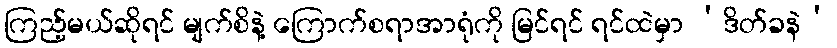
ကြည့်မယ်ဆိုရင် မျက်စိနဲ့ ကြောက်စရာအာရုံကို မြင်ရင် ရင်ထဲမှာ ‘ဒိတ်ခနဲ’